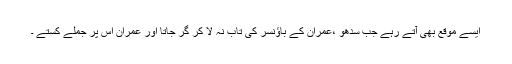
ایسے موقع بھی آتے رہے جب سدھو ،عمران کے باؤنسر کی تاب نہ لا کر گر جاتا اور عمران اس پر جملے کستے ۔